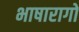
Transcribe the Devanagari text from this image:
भाषारागों